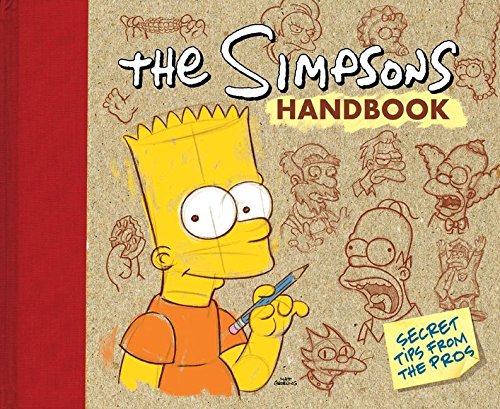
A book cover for The Simpsons Handbook: Secret Tips from the Pros; Humor & Entertainment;